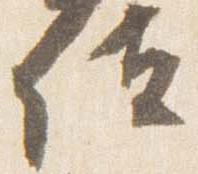
位